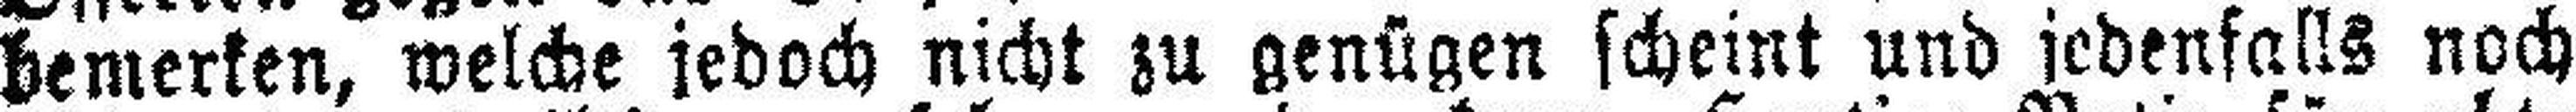
bemerken, welche jedoch nicht zu genügen scheint und jedenfalls noch